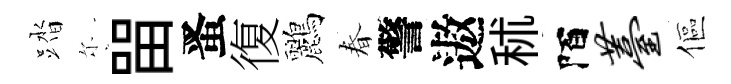
踏尓㽞󱉠復鸝春警遨秫陌薹傴